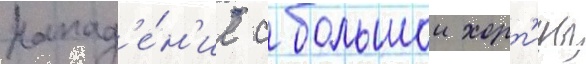
Напад'е́н'ие с большои хорт'ицы